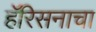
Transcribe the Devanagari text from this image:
हॅरिसनाचा